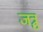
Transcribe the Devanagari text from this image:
जत्रु